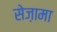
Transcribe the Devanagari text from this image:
सेज़ामा